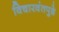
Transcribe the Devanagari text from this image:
विचारवंतपुढे